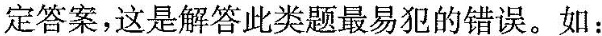
定答案,这是解答此类题最易犯的错误.如: